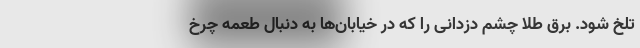
تلخ شود. برق طلا چشم دزدانی را که در خیابان‌ها به دنبال طعمه چرخ